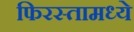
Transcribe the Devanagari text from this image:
फिरस्तामध्ये